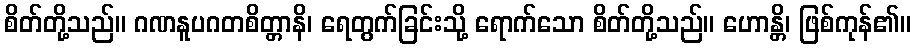
စိတ်တို့သည်။ ဂဏနူပဂတစိတ္တာနိ၊ ရေတွက်ခြင်းသို့ ရောက်သော စိတ်တို့သည်။ ဟောန္တိ၊ ဖြစ်ကုန်၏။